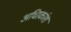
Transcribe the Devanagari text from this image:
अधिाकांश